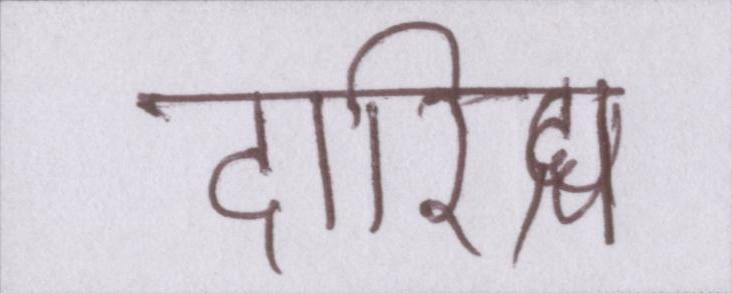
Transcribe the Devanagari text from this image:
दारिद्र्य